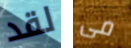
لقد مى